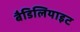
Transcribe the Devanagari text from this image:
बैडिलियाइट